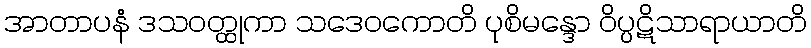
အာတာပနံ ဒသဝတ္ထုကာ သဒေဝကောတိ ပုစိမန္ဒော ဝိပ္ပဋိသာရာယာတိ